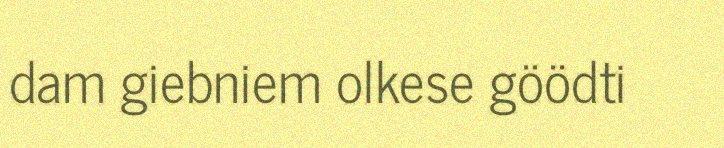
dam giebniem olkese göödti